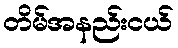
တိမ်အနည်းငယ်